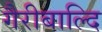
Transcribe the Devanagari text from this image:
गैरीबाल्दि